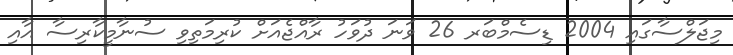
މިޖަލްސާގައި 2004 ޑިސެމްބަރ 26 ވަނަ ދުވަހު ރާއްޖެއަށް ކުރިމަތިވި ސުނާމީކާރިސާ އާއި